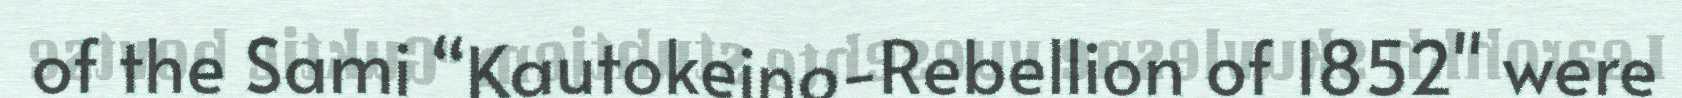
of the Sami “Kautokeino-Rebellion of 1852" were